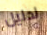
لدليل